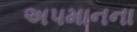
અપમાનના